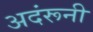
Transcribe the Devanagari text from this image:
अदंरूनी